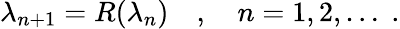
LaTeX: \begin{array}{r}{\lambda_{n+1}=R(\lambda_{n})\quad,\quad n=1,2,\ldots\; .}\end{array}